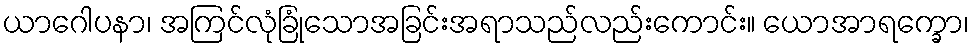
ယာဂေါပနာ၊ အကြင်လုံခြုံသောအခြင်းအရာသည်လည်းကောင်း။ ယောအာရက္ခော၊